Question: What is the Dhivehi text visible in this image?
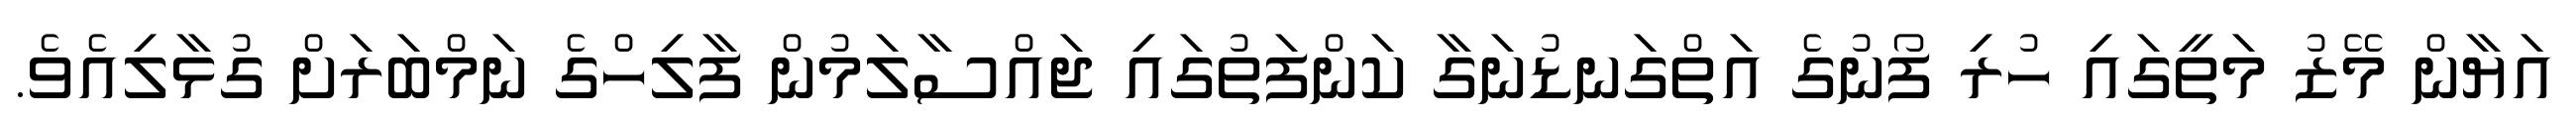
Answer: އަޔާން މޭޒު މަތީގައި ހުރި ފޯނުގެ އަތްގަނޑުނަގާ ކަންފަތުގައި ޖައްސާލަމުން ފާލިހްގެ ނަމްބަރަށް ގުޅާލިއެވެ.